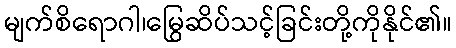
မျက်စိရောဂါ၊မြွေဆိပ်သင့်ခြင်းတို့ကိုနိုင်၏။